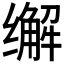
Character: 𰬽